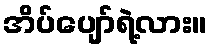
အိပ်ပျော်ရဲ့လား။